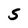
Character: S